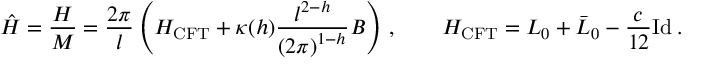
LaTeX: { \hat { H } } = \frac { H } { M } = \frac { 2 \pi } { l } \left( H _ { \mathrm { C F T } } + \kappa ( h ) \frac { l ^ { 2 - h } } { \left( 2 \pi \right) ^ { 1 - h } } B \right) \, , \qquad H _ { \mathrm { C F T } } = L _ { 0 } + \bar { L } _ { 0 } - \frac { c } { 1 2 } { \mathrm { I d } } \: .